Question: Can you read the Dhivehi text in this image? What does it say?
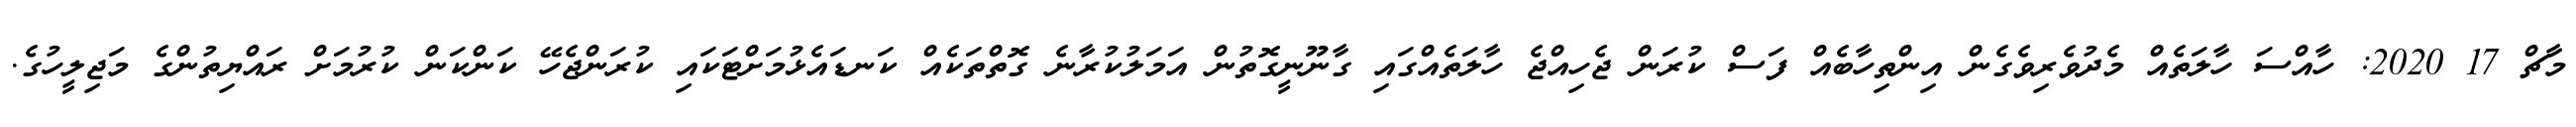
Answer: މާޗް 17 2020: ހާއްސަ ހާލަތެއް މެދުވެރިވެގެން އިންތިހާބެއް ފަސް ކުރަން ޖެހިއްޖެ ހާލަތެއްގައި ގާނޫނީގޮތުން އަމަލުކުރާނެ ގޮތްތަކެއް ކަނޑައެޅުމަށްޓަކައި ކުރަންޖެހޭ ކަންކަން ކުރުމަށް ރައްޔިތުންގެ މަޖިލީހުގެ.